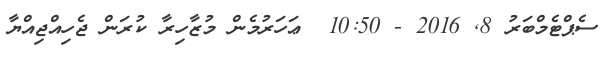
ސެޕްޓެމްބަރު 8